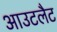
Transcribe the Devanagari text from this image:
आउटलैट